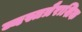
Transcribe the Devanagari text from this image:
व्यस्तत्रैराशिक